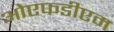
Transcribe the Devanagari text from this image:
ओएफडीएम